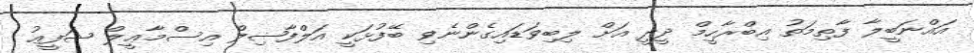
އައްނަބީލާ ފާޠިމަތު އިބްރާހީމް ދީދީ އަށް ލިބިވަޑައިގެންނެވި ބޭފުޅަކީ އަލްފާޟިލް އިސްމާޢީލް ޝަފީޢު